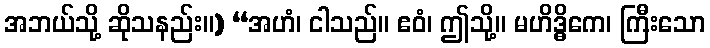
အဘယ်သို့ ဆိုသနည်း။) “အဟံ၊ ငါသည်။ ဧဝံ၊ ဤသို့။ မဟိဒ္ဓိကေ၊ ကြီးသော